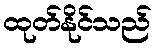
ထုတ်နိုင်သည်